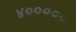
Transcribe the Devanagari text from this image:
४०००००